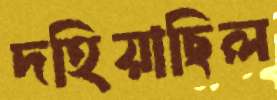
দহিয়াছিল